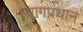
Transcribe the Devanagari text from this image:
त्यागप्रधान